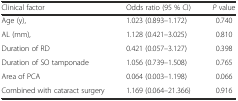
<table><thead><tr><td><b>Clinical factor</b></td><td><b>Odds ratio (95 % CI)</b></td><td><b><i>P</i> value</b></td></tr></thead><tbody><tr><td>Age (y),</td><td>1.023 (0.893–1.172)</td><td>0.740</td></tr><tr><td>AL (mm),</td><td>1.128 (0.421–3.025)</td><td>0.810</td></tr><tr><td>Duration of RD</td><td>0.421 (0.057–3.127)</td><td>0.398</td></tr><tr><td>Duration of SO tamponade</td><td>1.056 (0.739–1.508)</td><td>0.765</td></tr><tr><td>Area of PCA</td><td>0.064 (0.003–1.198)</td><td>0.066</td></tr><tr><td>Combined with cataract surgery</td><td>1.169 (0.064–21.366)</td><td>0.916</td></tr></tbody></table>